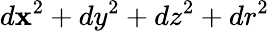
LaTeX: d\mathbf{x}^{2}+dy^{2}+dz^{2}+dr^{2}